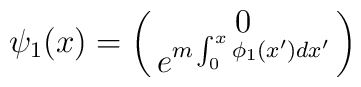
\psi_{1}(x) = \pmatrix{ 0\cr e^{m\int_0^x \phi_1(x')dx'} }